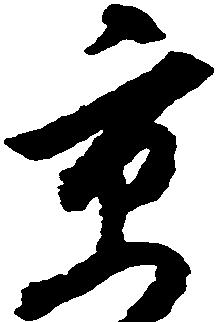
京